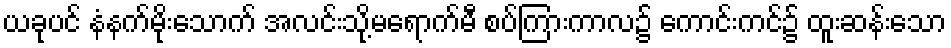
ယခုပင် နံနက်မိုးသောက် အလင်းသို့မရောက်မီ စပ်ကြားကာလ၌ ကောင်းကင်၌ ထူးဆန်းသော